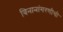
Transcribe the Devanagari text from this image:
बिनानांगरणीची